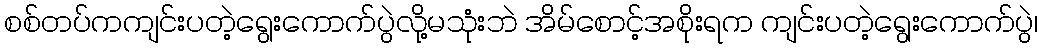
စစ်တပ်ကကျင်းပတဲ့ရွေးကောက်ပွဲလို့မသုံးဘဲ အိမ်စောင့်အစိုးရက ကျင်းပတဲ့ရွေးကောက်ပွဲ၊